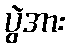
ပွဲအား